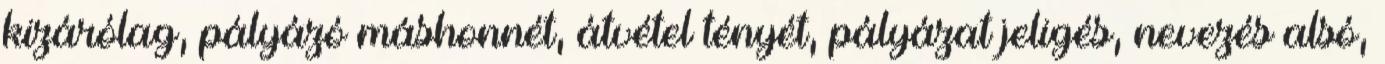
kizárólag, pályázó máshonnét, átvétel tényét, pályázat jeligés, nevezés alsó,